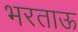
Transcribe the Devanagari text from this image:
भरताऊ